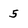
Character: 5